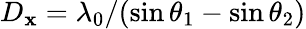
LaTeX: D_{\mathbf{x}}=\lambda_{0}/(\sin\theta_{1}-\sin\theta_{2})